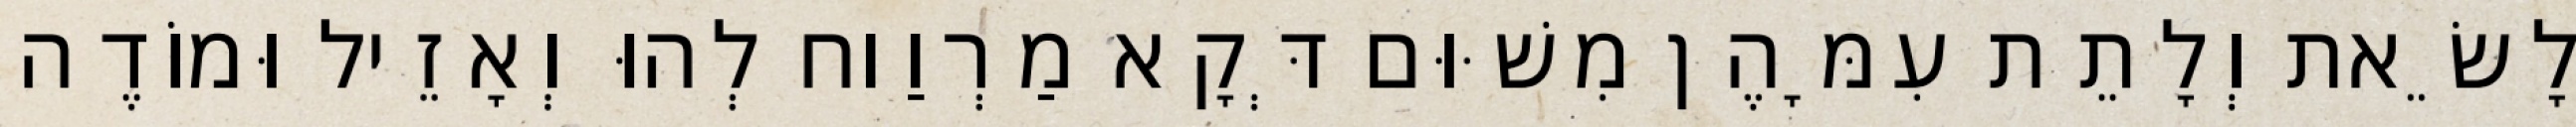
לָשֵׂאת וְלָתֵת עִמָּהֶן מִשּׁוּם דְּקָא מַרְוַוח לְהוּ וְאָזֵיל וּמוֹדֶה